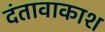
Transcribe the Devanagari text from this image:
दंतावाकाश